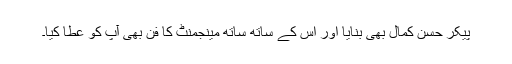
پیکر حسن کمال بھی بنایا اور اُس کے ساتھ ساتھ مینجمنٹ کا فن بھی آپ کو عطا کیا۔